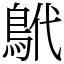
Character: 鴏